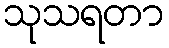
သုသရတာ